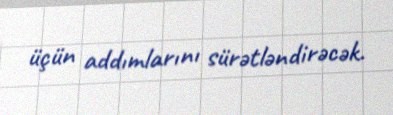
üçün addımlarını sürətləndirəcək.